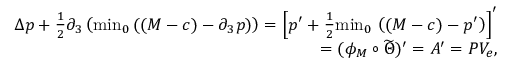
\begin{array} { r } { \Delta p + \frac { 1 } { 2 } \partial _ { 3 } \left( { \operatorname* { m i n } } _ { 0 } \, ( ( M - c ) - \partial _ { 3 } p ) \right) = \left[ p ^ { \prime } + \frac { 1 } { 2 } { \operatorname* { m i n } } _ { 0 } \, \left( ( M - c ) - p ^ { \prime } \right) \right] ^ { \prime } } \\ { = ( \phi _ { M } \circ \widetilde { \Theta } ) ^ { \prime } = A ^ { \prime } = P V _ { e } , } \end{array}